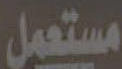
مستعمل